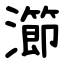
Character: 瀄